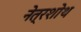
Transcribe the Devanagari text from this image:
नेत्रशोथ